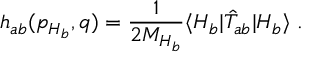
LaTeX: h _ { a b } ( p _ { H _ { b } } , q ) = \frac { 1 } { 2 M _ { H _ { b } } } \langle H _ { b } | \hat { T } _ { a b } | H _ { b } \rangle \; .